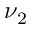
\nu _ { 2 }